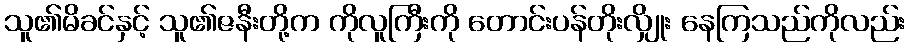
သူ၏မိခင်နှင့် သူ၏ဇနီးတို့က ကိုလူကြီးကို တောင်းပန်တိုးလျှိုး နေကြသည်ကိုလည်း